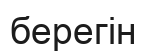
берегін